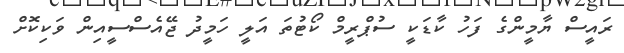
ރައީސް ޔާމީންްގެ ފަހު ކާޑަކީ ސުޕްރީމް ކޯޓުތަ އަލީ ހަމީދު ޖޭއެސްސީއިން ވަކިކޮށް